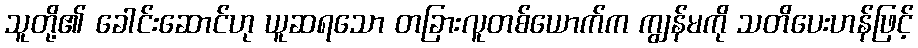
သူတို့၏ ခေါင်းဆောင်ဟု ယူဆရသော တခြားလူတစ်ယောက်က ကျွန်မကို သတိပေးဟန်ဖြင့်